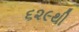
૬૨૯થી